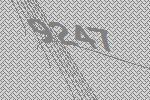
9247